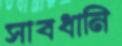
সাবধানি